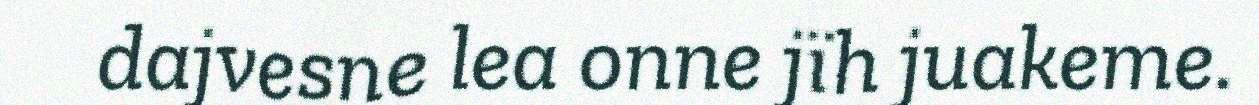
dajvesne lea onne jïh juakeme.